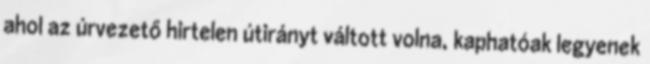
ahol az úrvezető hirtelen útirányt váltott volna, kaphatóak legyenek